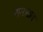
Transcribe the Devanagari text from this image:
नासास्राव